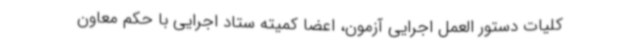
کلیات دستور العمل اجرایی آزمون، اعضا کمیته ستاد اجرایی با حکم معاون